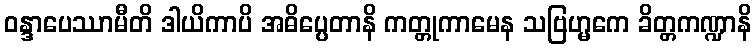
ဝန္ဒာပေဿာမီတိ ဒါယိကာပိ အဓိပ္ပေတာနိ ကတ္တုကာမေန သဗြဟ္မကေ ခိတ္တကဏ္ဍာနိ